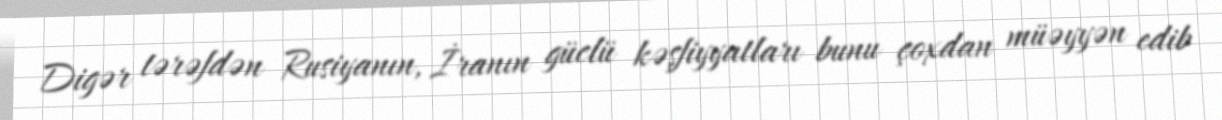
Digər tərəfdən Rusiyanın, İranın güclü kəşfiyyatları bunu çoxdan müəyyən edib